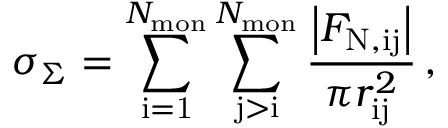
\sigma _ { \Sigma } = \sum _ { \mathrm { i = 1 } } ^ { N _ { \mathrm { m o n } } } \sum _ { \mathrm { j > i } } ^ { N _ { \mathrm { m o n } } } { \frac { \left| F _ { \mathrm { N , i j } } \right| } { \pi r _ { \mathrm { i j } } ^ { 2 } } } \, ,